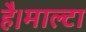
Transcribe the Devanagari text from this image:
है।माल्टा